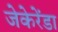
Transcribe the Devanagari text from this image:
जेकेरेंडा